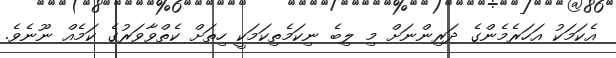
އެކަމަކު އަހަރެމެންގެ ދަރިންނަށް މި ލިބެ ނިކަމެތިކަމަކީ ހިތަށް ކެތްވާވަރުގެ ކަމެއް ނޫނެވެ.